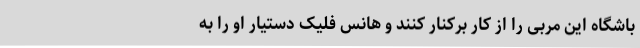
باشگاه این مربی را از کار برکنار کنند و هانس فلیک دستیار او را به